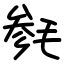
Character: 毵